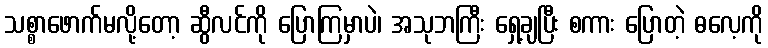
သစ္စာဖောက်မလို့တော့ ဆွီလင်ကို ပြောကြမှာပဲ၊ အသုဘကြီး ရှေ့ချပြီး စကား ပြောတဲ့ ဓလေ့ကို